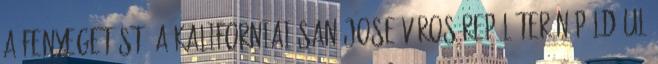
a fenyegetést, a kaliforniai San Jose város repülőterén például